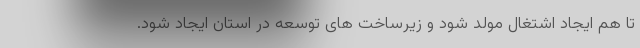
تا هم ایجاد اشتغال مولد شود و زیرساخت های توسعه در استان ایجاد شود.